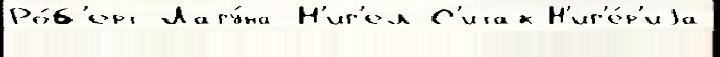
Ро́б'ерт Лагу́на-Н'иг'ел С'итак Н'иг'е́р'иjа